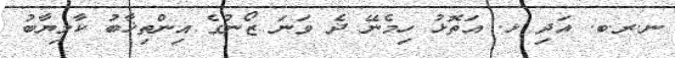
ނ.ރ.ބ. އަދި ޅ. އަތޮޅު ހިމެނޭ ދެ ވަނަ ޒޯނުގެ އިންތިޚާބު ކާމިޔާބު